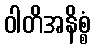
ဝါတိအနိစ္စံ